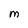
Character: M